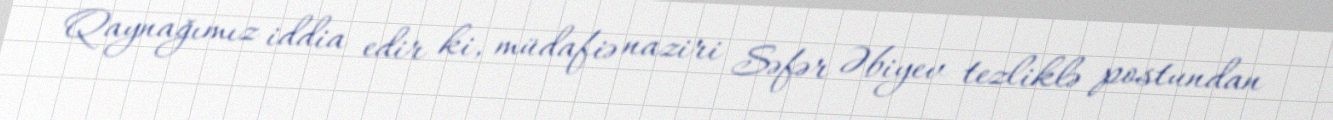
Qaynağımız iddia edir ki, müdafiə naziri Səfər Əbiyev tezliklə postundan